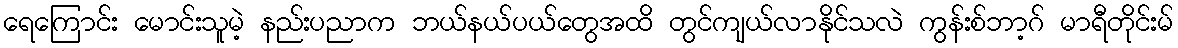
ရေကြောင်း မောင်းသူမဲ့ နည်းပညာက ဘယ်နယ်ပယ်တွေအထိ တွင်ကျယ်လာနိုင်သလဲ ကွန်းစ်ဘာ့ဂ် မာရီတိုင်းမ်